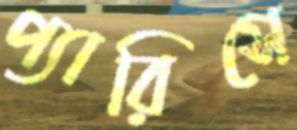
প্যারিসে